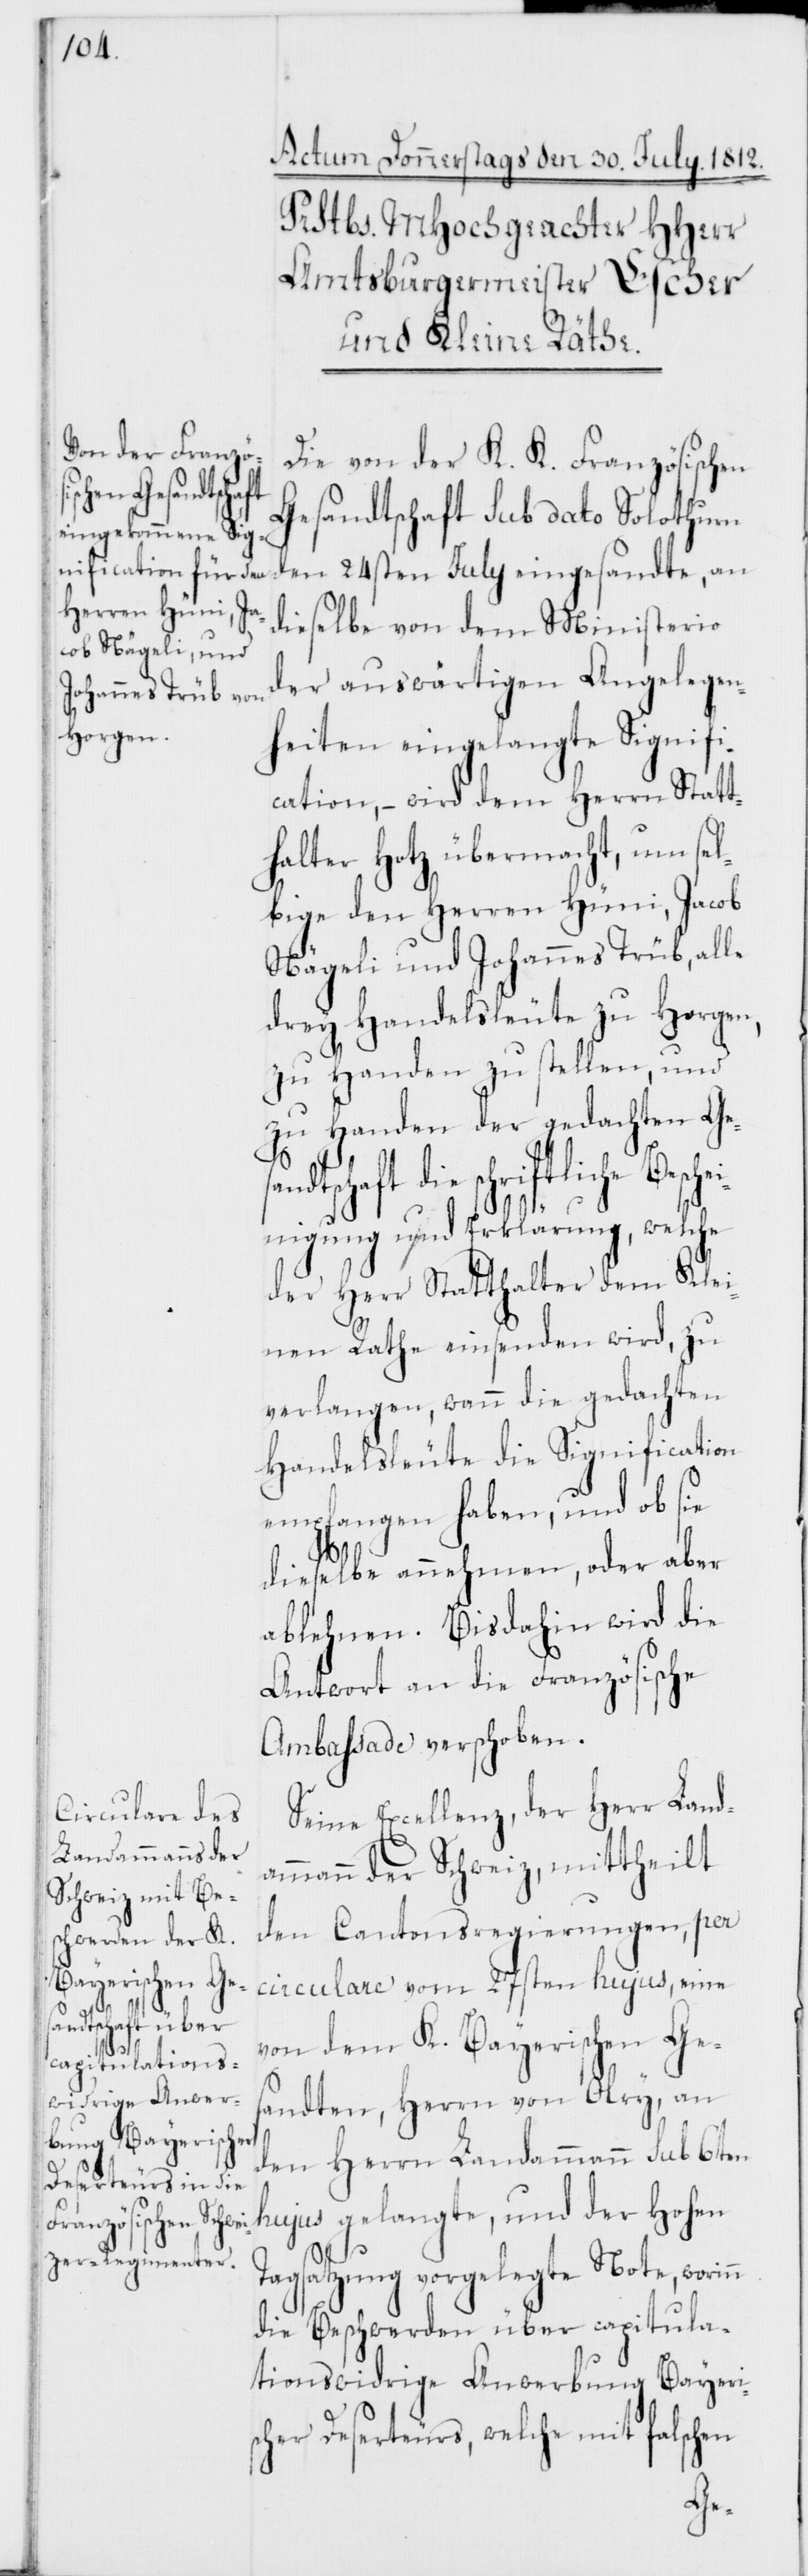
sandtschaft

Die von der K. K. Französischen
Gesandtschaft sub dato Solothurn
den 24sten Julii eingesandte, an
dieselbe von dem Ministerio
der auswärtigen Angelegen¬
heiten eingelangte Signifi¬
cation, – wird dem Herrn Statt¬
halter Hotz übermacht, um sel¬
bige den Herren Hüni, Jacob
Nägeli und Johannes Trüb, alle
drey Handelsleute zu Horgen,
zu Handen zu stellen, und
zu Handen der gedachten Ge¬
die schriftliche Bes¬
inigung und Erklärung, welche
der Herr Statthalter dem Klei¬
nen Rathe einsenden wird, zu
verlangen, wann die gedachten
Handelsleute die Signification
empfangen haben, und ob sie
dieselbe annehmen, oder aber
ablehnen. Bis dahin wird die
Antwort an die Französische
Ambassade verschoben.
Seine Excellenz, der Herr Land¬
ammann der Schweiz, mittheilt
den Cantonsregierungen, per
circulare vom 27sten hujus, eine
von dem K. Bayerischen Ge¬
sandten, Herrn von Olry, an
den Herrn Landammann sub 6ten
hujus gelangte, und der Hohen
n
Tagsatzung vorgelegte Note, worin¬
die Beschwerden über capitula¬
tionswidrige Anwerbung Bayeri¬
scher Deserteurs, welche mit falschen
che¬